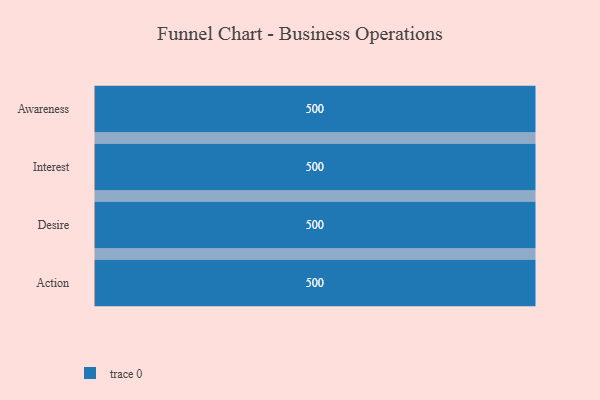
{"axis": {"x": "Stage", "y": "Value"}, "legend": [""], "data": [{"x": "Awareness", "y": 500, "type": ""}, {"x": "Interest", "y": 500, "type": ""}, {"x": "Desire", "y": 500, "type": ""}, {"x": "Action", "y": 500, "type": ""}]}